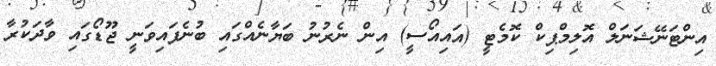
އިންޓަނޭޝަނަލް އޮލިމްޕިކް ކޮމެޓީ (އައިއޯސީ) އިން ނެރުނު ބަޔާނެއްގައި ބުނެފައިވަނީ ޖޫޑޯގައި ވާދަކުރާ